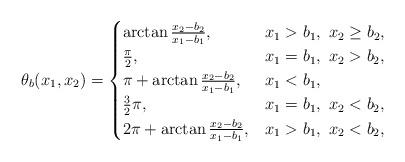
LaTeX: \begin{align*}\theta_b(x_1,x_2)=\begin{cases} \arctan\frac{x_2-b_2}{x_1-b_1},&x_1>b_1,\ x_2\geq b_2,\\ \frac\pi2,&x_1=b_1,\ x_2> b_2,\\ \pi+\arctan\frac{x_2-b_2}{x_1-b_1},&x_1<b_1,\\ \frac32\pi,&x_1=b_1,\ x_2< b_2,\\ 2\pi+\arctan\frac{x_2-b_2}{x_1-b_1},&x_1>b_1,\ x_2< b_2,\\ \end{cases}\end{align*}